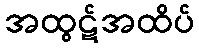
အထွဋ်အထိပ်